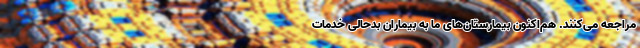
مراجعه می‌کنند. هم‌اکنون بیمارستان‌های ما به بیماران بدحالی خدمات